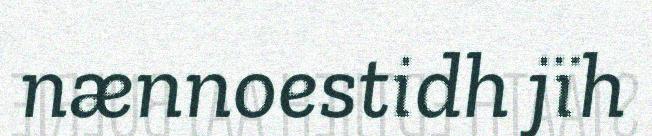
nænnoestidh jïh